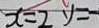
x = 2 y = -